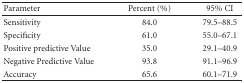
<table><thead><tr><td><b>Parameter</b></td><td><b>Percent (%)</b></td><td><b>95% CI</b></td></tr></thead><tbody><tr><td>Sensitivity</td><td>84.0</td><td>79.5–88.5</td></tr><tr><td>Specificity</td><td>61.0</td><td>55.0–67.1</td></tr><tr><td>Positive predictive Value</td><td>35.0</td><td>29.1–40.9</td></tr><tr><td>Negative Predictive Value</td><td>93.8</td><td>91.1–96.9</td></tr><tr><td>Accuracy</td><td>65.6</td><td>60.1–71.9</td></tr></tbody></table>